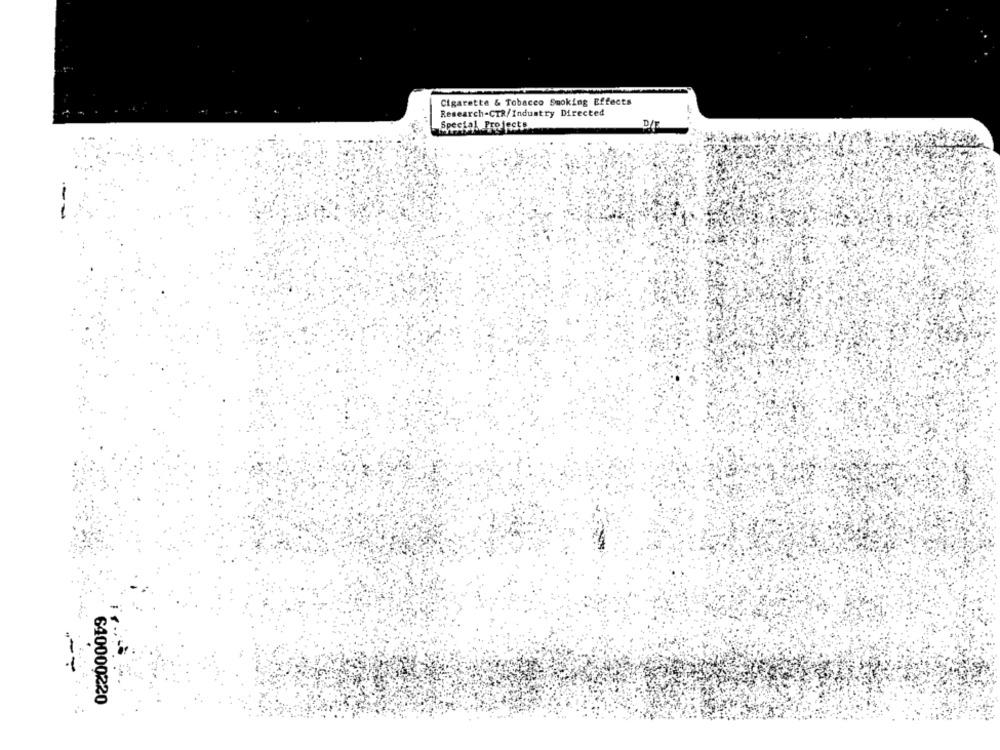
Cigarette & Tobacco Smoking Effects
Research-CTR/Industry Directed
Special Projects
D/F
640000220